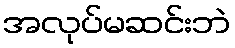
အလုပ်မဆင်းဘဲ